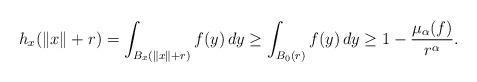
LaTeX: \begin{align*}h_x(\|x\|+r) = \int_{B_x(\|x\|+r)} f(y) \, dy \geq \int_{B_0(r)} f(y) \, dy \geq 1 - \frac{\mu_\alpha(f)}{r^\alpha}.\end{align*}